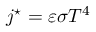
j ^ { \star } = \varepsilon \sigma T ^ { 4 }